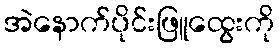
အဲနောက်ပိုင်းဖြူထွေးကို